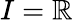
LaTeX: I=\mathbb{R}